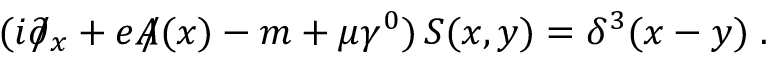
( i \partial \! \! \! \slash _ { x } + e A \! \! \! \slash ( x ) - m + \mu \gamma ^ { 0 } ) \, S ( x , y ) = \delta ^ { 3 } ( x - y ) \; .